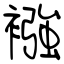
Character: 襁